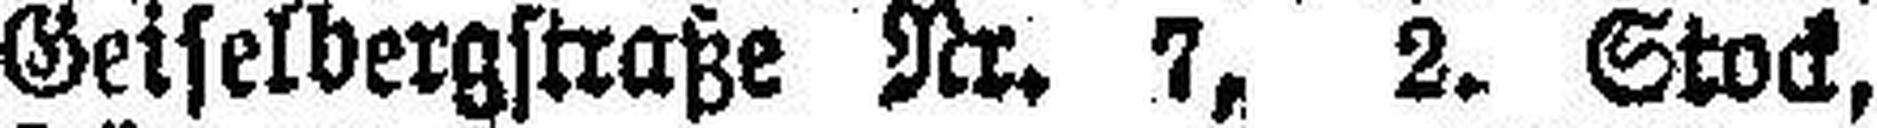
Geiselbergstraße Nr. 7, 2. Stock,